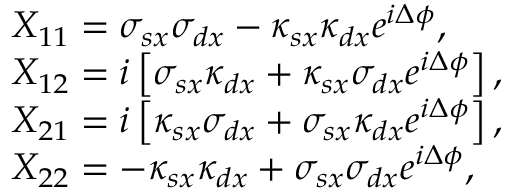
\begin{array} { r l } & { X _ { 1 1 } = \sigma _ { s x } \sigma _ { d x } - \kappa _ { s x } \kappa _ { d x } e ^ { i \Delta \phi } , } \\ & { X _ { 1 2 } = i \left[ \sigma _ { s x } \kappa _ { d x } + \kappa _ { s x } \sigma _ { d x } e ^ { i \Delta \phi } \right] , } \\ & { X _ { 2 1 } = i \left[ \kappa _ { s x } \sigma _ { d x } + \sigma _ { s x } \kappa _ { d x } e ^ { i \Delta \phi } \right] , } \\ & { X _ { 2 2 } = - \kappa _ { s x } \kappa _ { d x } + \sigma _ { s x } \sigma _ { d x } e ^ { i \Delta \phi } , } \end{array}